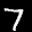
Label: 7